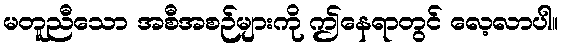
မတူညီသော အစီအစဉ်များကို ဤနေရာတွင် လေ့လာပါ။